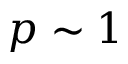
p \sim 1